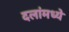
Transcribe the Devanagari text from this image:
दलांमध्ये